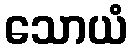
သောယံ